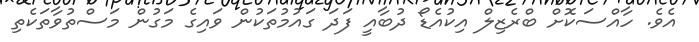
އެވެ. ހާއްސަކޮށް ބްރެޒިލް އިކުއެޑޯ ދުބާއީ ފަދަ ގައުމުތަކުން ވައިގެ މަގުން މަސްތުވާތަކެތި